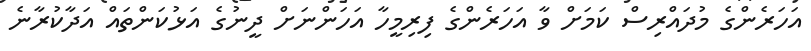
އަހަރެންގެ މުދައްރިސް ކަމަށް ވާ އަހަރެންގެ ފިރިމީހާ އަހަންނަށް ދީނުގެ އަޅުކަންތައް އަދާކުރާނެ